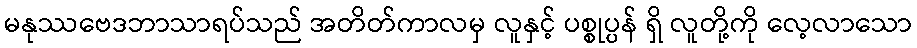
မနုဿဗေဒဘာသာရပ်သည် အတိတ်ကာလမှ လူနှင့် ပစ္စုပ္ပန် ရှိ လူတို့ကို လေ့လာသော